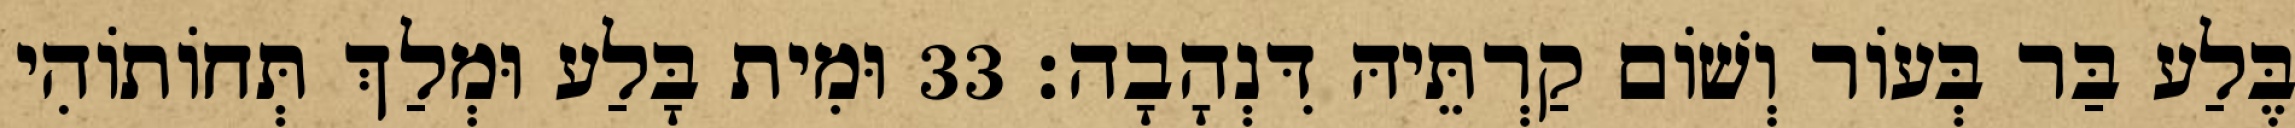
בֶּלַע בַּר בְּעוֹר וְשׁוֹם קַרְתֵּיהּ דִּנְהָבָה׃ 33 וּמִית בָּלַע וּמְלַךְ תְּחוֹתוֹהִי